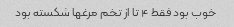
خوب بود فقط ۴ تا از تخم مرغها شکسته بود